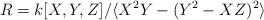
LaTeX: \begin{align*}R=k[X,Y,Z]/\langle X^{2}Y-(Y^{2}-XZ)^{2}\rangle\end{align*}